Leningradi_Edasi_toimetus, lk 16
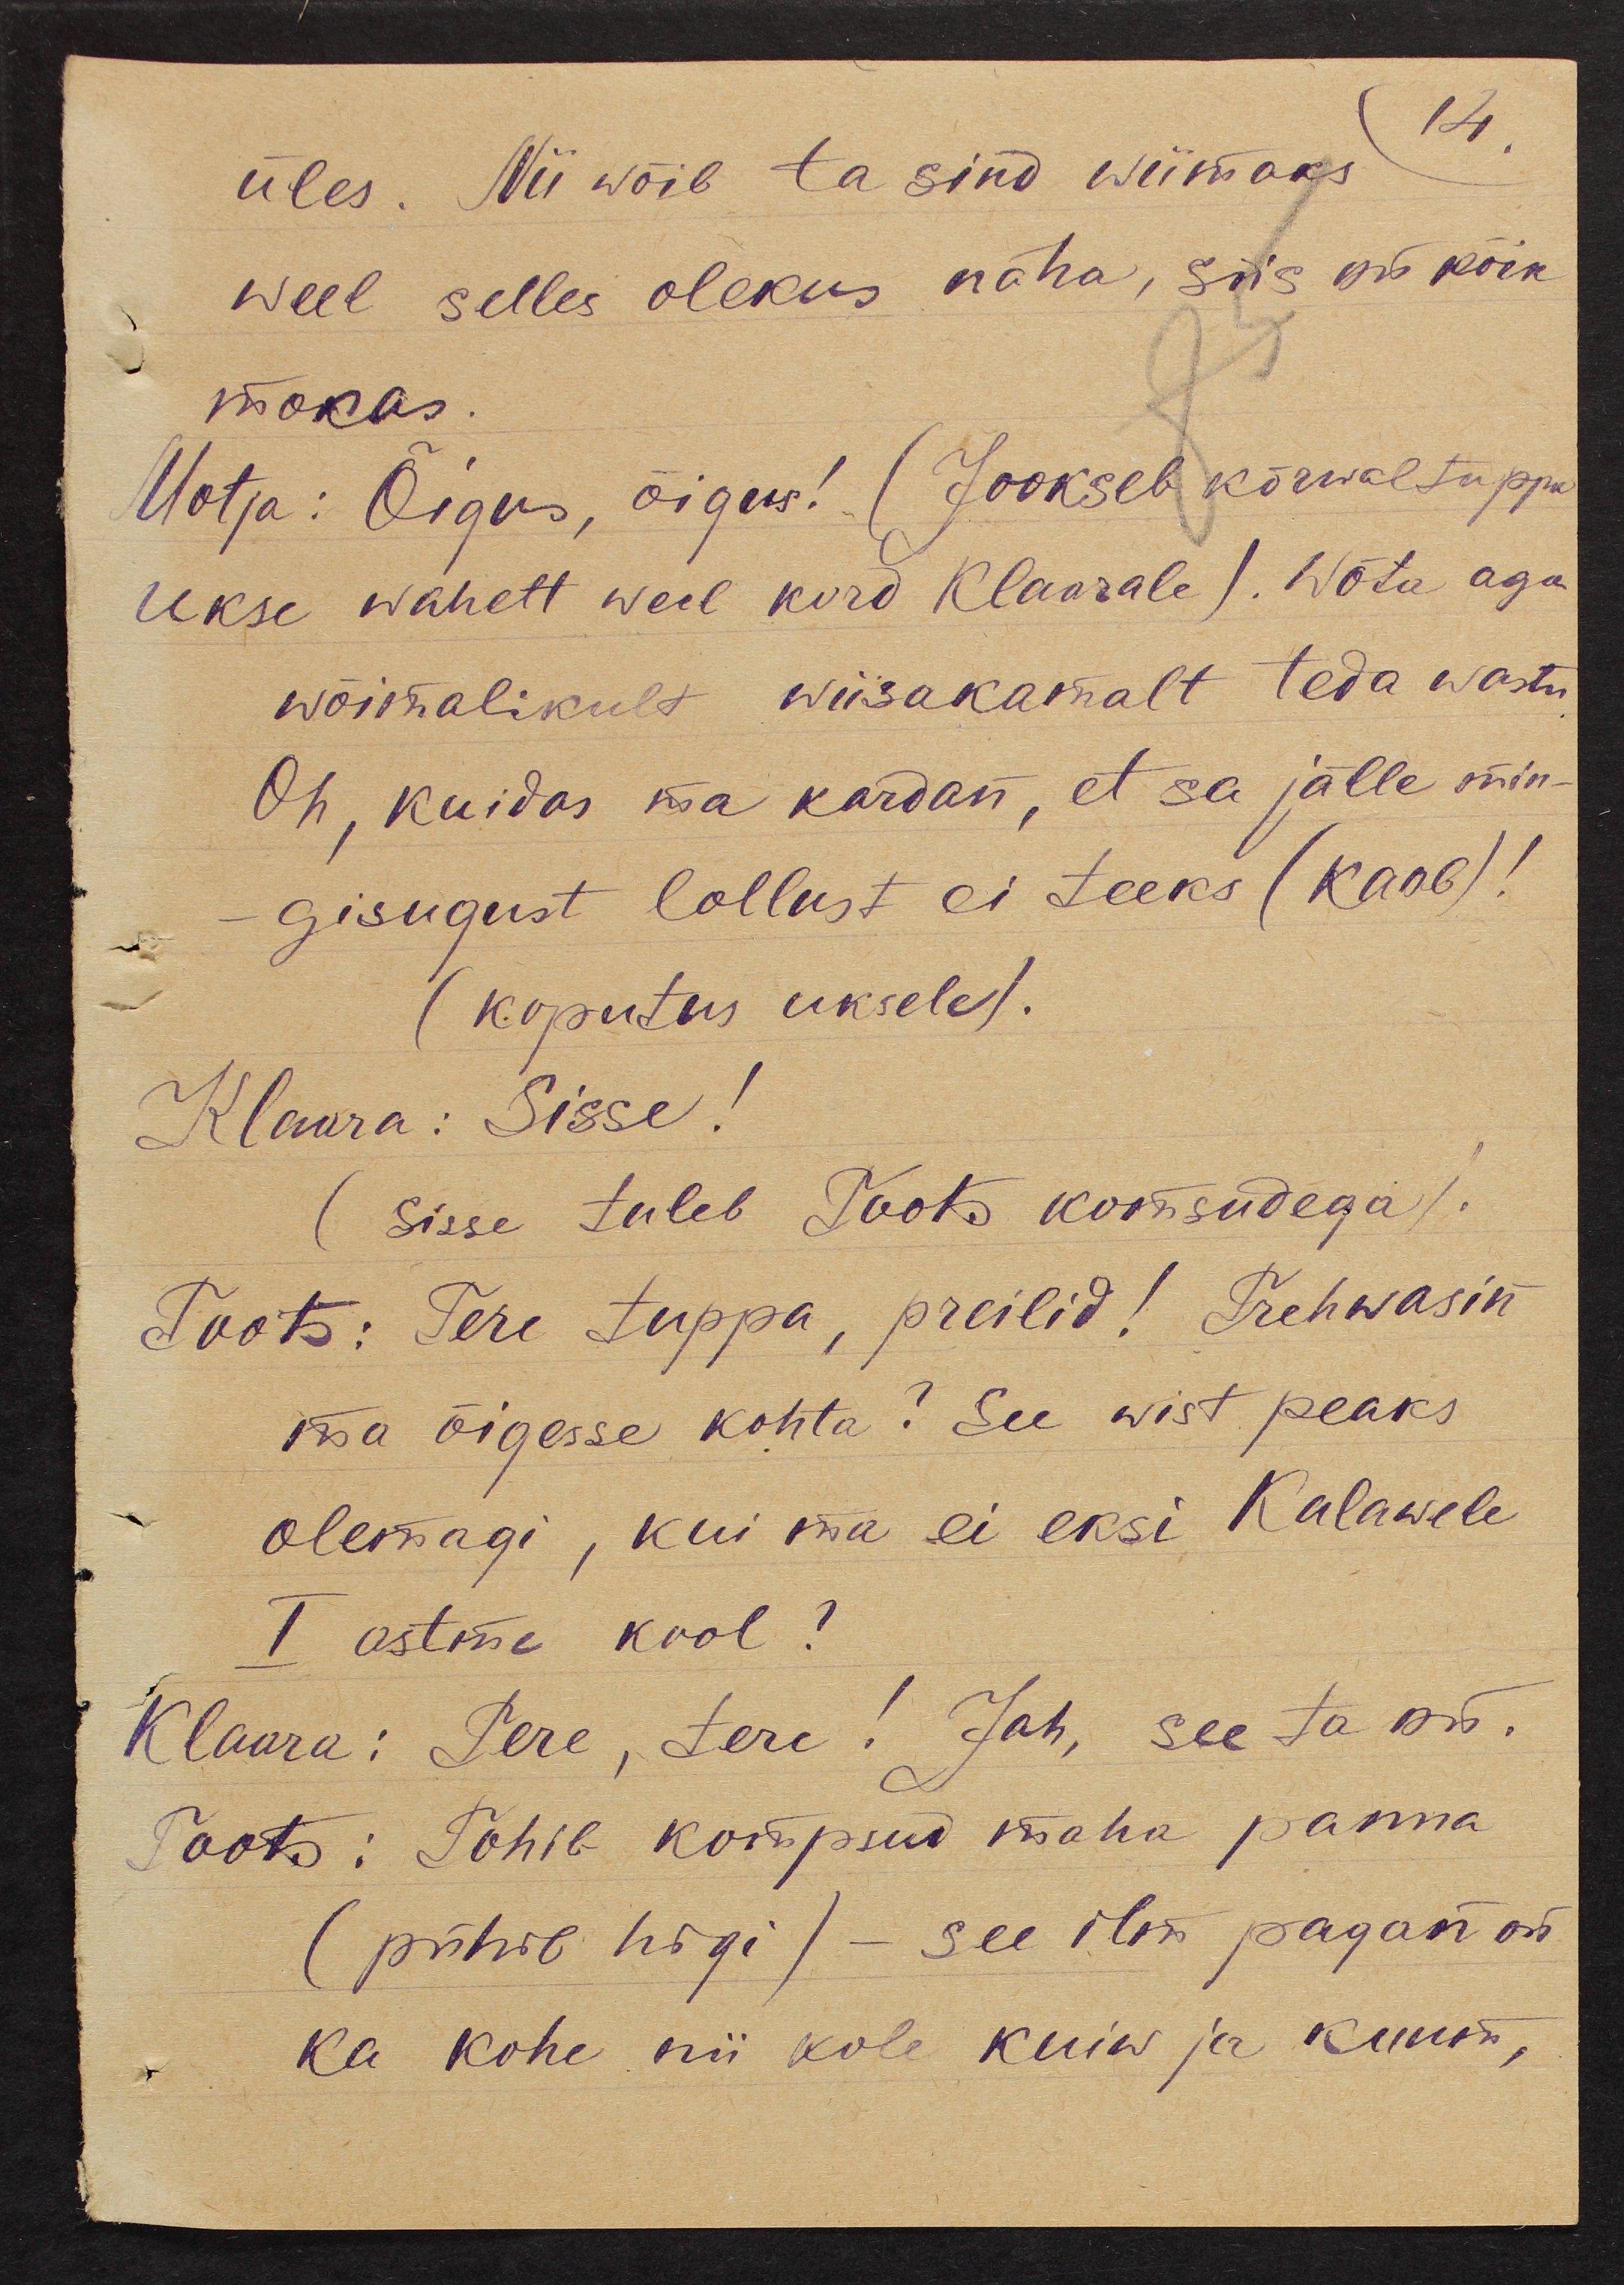
14.
üles. Nii wõib ta sind wiimaks
weel selles olekus näha, siis on kõik
mokas.
Motja: Õigus, õigus! (Jookseb kõrwaltuppa
ukse wahelt weel kord Klaarale). Wõta aga
wõimalikult wiisakamalt teda wastu
Oh, kuidas ma kardan, et sa jälle min-
gisugust lollust ei teeks (kaob)!
(koputus uksele).
Klaara: Sisse!
(Sisse tuleb Toots komsudega).
Toots: Tere tuppa, preilid! Trehwasin
ma õigesse kohta? See wist peaks
olemagi, kui ma ei eksi Kalawele
I astme kool?
Klaara: Tere, tere! Jah, see ta on.
Toots: Tohib kompsud maha panna
(pühib higi) - see ilm pagan on
ka kohe nii kole kuiw ja kuum,